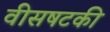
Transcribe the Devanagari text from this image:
वीसषटकी